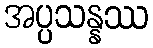
အပ္ပသန္နဿ